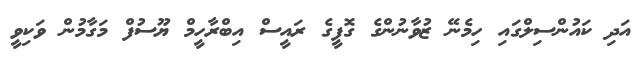
އަދި ކައުންސިލްގައި ހިމެނޭ ޒުވާނުންގެ ގޮފީގެ ރައީސް އިބްރާހީމް ޔޫސުފް މަގާމުން ވަކިވީ